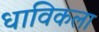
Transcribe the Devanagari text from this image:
धाविकला